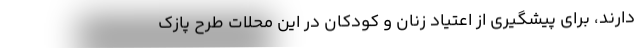
دارند، برای پیشگیری از اعتیاد زنان و کودکان در این محلات طرح پازک